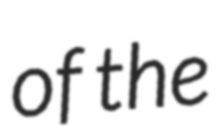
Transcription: of the